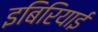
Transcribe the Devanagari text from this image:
इबिरियाई